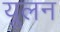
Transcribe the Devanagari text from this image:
यूलन